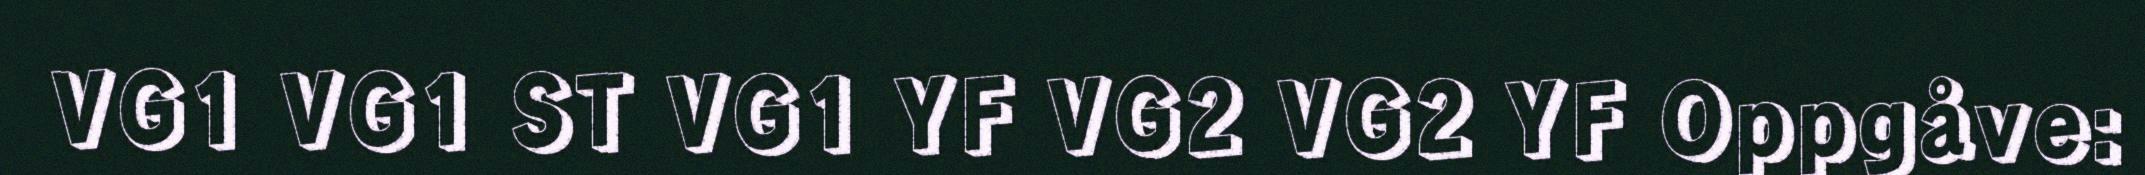
VG1 VG1 ST VG1 YF VG2 VG2 YF Oppgåve: